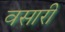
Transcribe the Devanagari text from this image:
वसारी